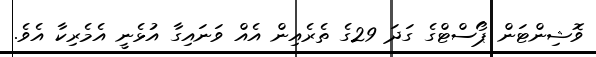
ވޮޝިންޓަން ޕޯސްޓްގެ ގަދަ 29ގެ ތެރެއިން އެއް ވަނައިގާ އުޅެނީ އެމެރިކާ އެވެ.